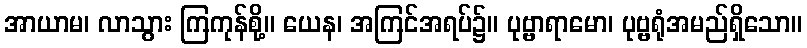
အာယာမ၊ လာသွား ကြကုန်စို့။ ယေန၊ အကြင်အရပ်၌။ ပုဗ္ဗာရာမော၊ ပုဗ္ဗရုံအမည်ရှိသော။